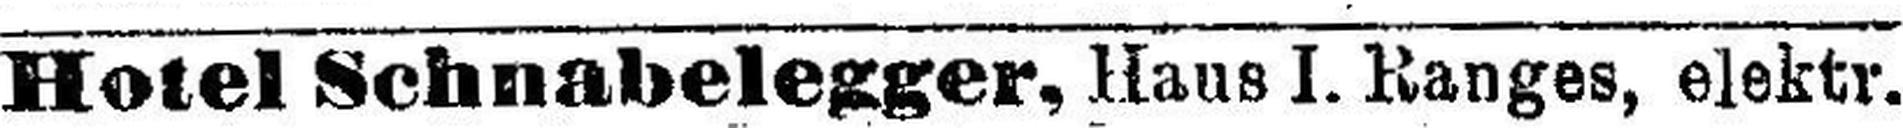
Hotel Schnabelegger, Haus I. Ranges, elektr.